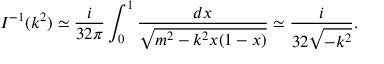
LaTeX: I ^ { - 1 } ( k ^ { 2 } ) \simeq \frac { i } { 3 2 \pi } \int _ { 0 } ^ { 1 } \frac { d x } { \sqrt { m ^ { 2 } - k ^ { 2 } x ( 1 - x ) } } \simeq \frac { i } { 3 2 \sqrt { - k ^ { 2 } } } .